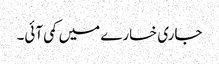
جاری خسارے میں کمی آئی۔